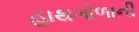
હાથગોળાની